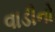
વાડીનો